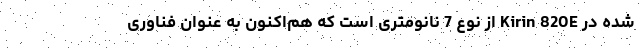
شده در Kirin 820E از نوع 7 نانومتری است که هم‌اکنون به عنوان فناوری